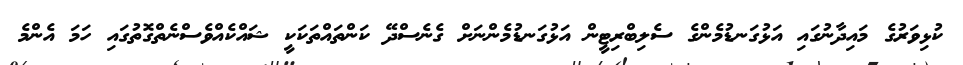
ކުޅިވަރުގެ މައިދާނުގައި އަޅުގަނޑުމެންގެ ސެލިބްރިޓީން އަޅުގަނޑުމެންނަށް ގެނެސްދޭ ކަންތައްތަކަކީ ޝައްކެއްވެސްނެތްގޮތުގައި ހަމަ އެންމެ